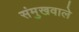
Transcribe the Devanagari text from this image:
संमुखवाले